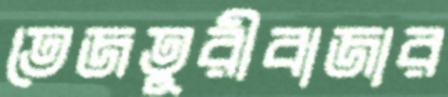
তেজতুরীবাজার